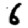
Digit: 6